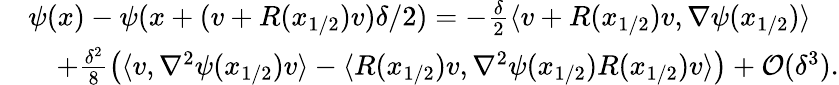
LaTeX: \begin{array}{rl}&{\psi(x)-\psi(x+(v+R(x_{1/2})v)\delta/2)=-\frac\delta 2\langle v+R(x_{1/2})v,\nabla\psi(x_{1/2})\rangle}\\ &{\quad+\frac{\delta^{2}}{8}\left(\langle v,\nabla^{2}\psi(x_{1/2})v\rangle-\langle R(x_{1/2})v,\nabla^{2}\psi(x_{1/2})R(x_{1/2})v\rangle\right)+\mathcal{O}(\delta^{3}).}\end{array}